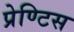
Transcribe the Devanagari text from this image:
प्रेण्टिस